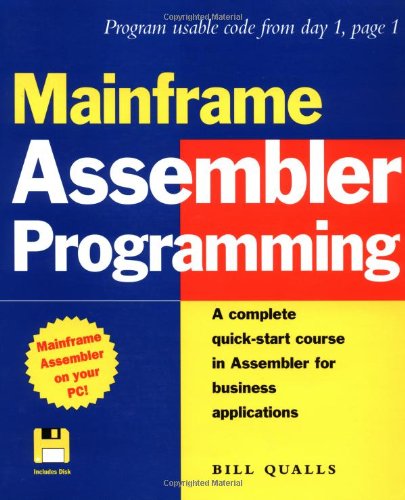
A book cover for Mainframe Assembler Programming; Bill Qualls; Computers & Technology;